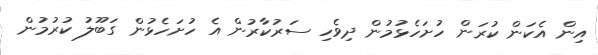
އިން އެކަން ކުރަން ހުށަހެޅުމުން ދިވެހި ސަރުކާރުން އެ ހުށަހެޅުން ގަބޫލު ކުރުމުން